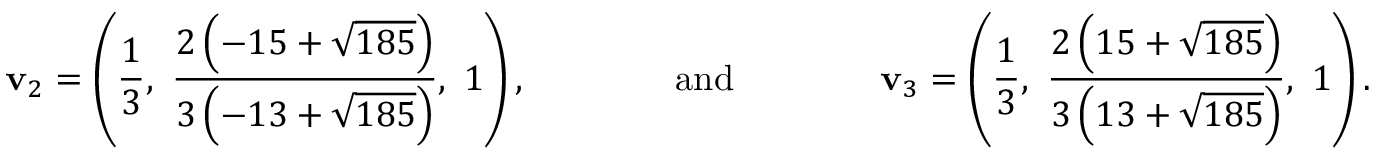
\mathbf { v } _ { 2 } = \left( \frac { 1 } { 3 } , \ \frac { 2 \left( - 1 5 + \sqrt { 1 8 5 } \right) } { 3 \left( - 1 3 + \sqrt { 1 8 5 } \right) } , \ 1 \right) , \qquad \qquad \mathrm { a n d } \qquad \qquad \mathbf { v } _ { 3 } = \left( \frac { 1 } { 3 } , \ \frac { 2 \left( 1 5 + \sqrt { 1 8 5 } \right) } { 3 \left( 1 3 + \sqrt { 1 8 5 } \right) } , \ 1 \right) .